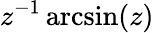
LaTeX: z^{-1}\arcsin(z)